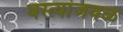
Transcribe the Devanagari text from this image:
वस्त्यांजवळ